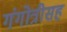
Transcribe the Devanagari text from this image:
गंगोत्रीसह